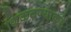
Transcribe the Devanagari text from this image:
शिकवण्याकडे